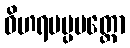
ဝိဟရမပ္ပမတ္တော